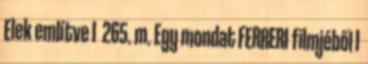
Elek említve I 265. m. Egy mondat FERRERI filmjéből I